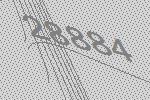
28884